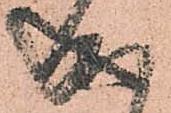
成